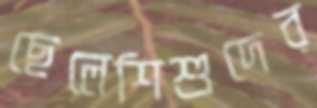
ছেলেশিশুদের